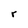
Character: r